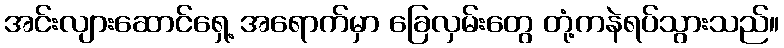
အင်းလျားဆောင်ရှေ့ အရောက်မှာ ခြေလှမ်းတွေ တုံ့ကနဲရပ်သွားသည်။